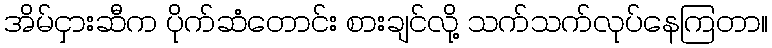
အိမ်ငှားဆီက ပိုက်ဆံတောင်း စားချင်လို့ သက်သက်လုပ်နေကြတာ။